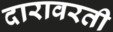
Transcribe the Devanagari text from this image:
दारावरती